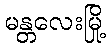
မန္တလေးမြို့